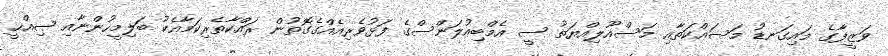
ވަޒީފާގެ މައިގަނޑު މަސައްކަތާއި މަސްއޫލިއްޔަތު ސީ އެމްބިއުލަންސްގެ ފަޅުވެރިއެއްގެގޮތުން ރައްކާތެރިކަމާއެކު ބަލިމީހުންނާއި ޞިއްޙީ